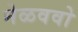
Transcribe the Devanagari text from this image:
मेळववो